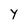
Character: y